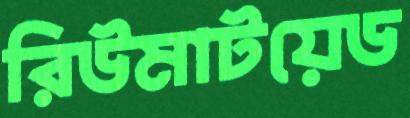
রিউমাটয়েড